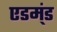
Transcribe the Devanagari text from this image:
एडम्ंड